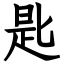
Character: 匙